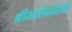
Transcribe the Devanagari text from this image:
श्रीमंतीनीदेवी